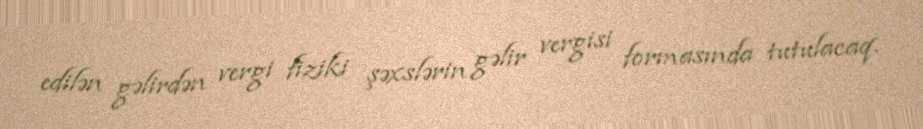
edilən gəlirdən vergi fiziki şəxslərin gəlir vergisi formasında tutulacaq.